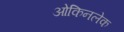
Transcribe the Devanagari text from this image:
ओकिनलेक